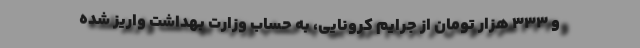
و ۳۳۳ هزار تومان از جرایم کرونایی، به حساب وزارت بهداشت واریز شده